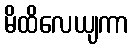
မိထိလေယျကာ